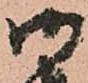
御